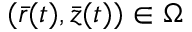
( \bar { r } ( t ) , \bar { z } ( t ) ) \in \Omega